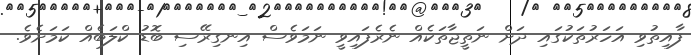
ފާއިތުވި އަހަރުތަކުގައި ދަށް ނަތީޖާތަކެއް ނެރެފައިވީ ނަމަވެސް އިނގިރޭސި ބޮޑު ކްލަބެއް ކަމަށެވެ.